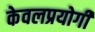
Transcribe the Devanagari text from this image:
केवलप्रयोगी